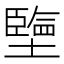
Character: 𡒓